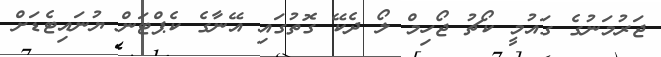
ޖަރުމަނުގެ ގައުމީ ކޯޗު ޖޯހިމް ލޯ ދެކޭ ގޮތުގައި އޭނާގެ ކެޕްޓަން ޔުނައިޓެޑަށް